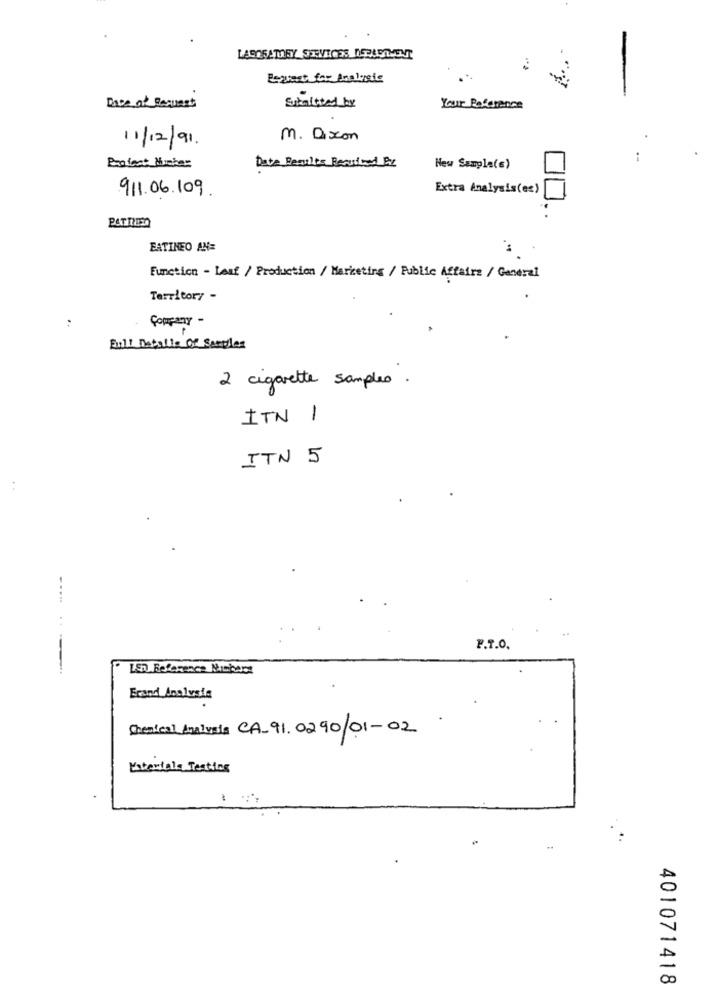
Request for Analysis
Submitted by
Race of Request
Your Reference
11/12/91.
m. Dixon
Profect Mushar
Date Perults Required By
New Sample(s)
911.06.109.
Extra Analysis(ec)
FATINEO AN=
Function - Lauf / Production / Marketing / Public Affairs / General
Territory -
Company -
:
Full Details Of Samples
2 cigarette samples .
ITN 1
ITN 5
P.T.O.
LE Reference Numbers
Erand Analysis
Chenical Analysts CA-91.0290/01-02
Materiale Testing
401071418